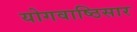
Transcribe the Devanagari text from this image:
योगवाष्ठिसार